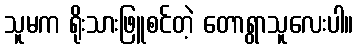
သူမက ရိုးသားဖြူစင်တဲ့ တောရွာသူလေးပါ။